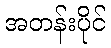
အတန်းပိုင်